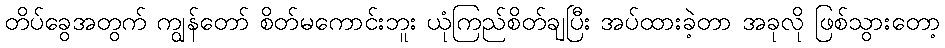
တိပ်ခွေအတွက် ကျွန်တော် စိတ်မကောင်းဘူး ယုံကြည်စိတ်ချပြီး အပ်ထားခဲ့တာ အခုလို ဖြစ်သွားတော့